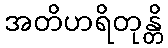
အတိဟရိတုန္တိ